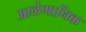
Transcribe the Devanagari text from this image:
आलेमानिक